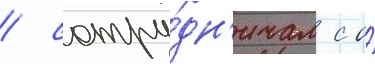
/ сотру́дн'ичал с о́